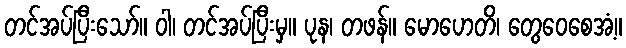
တင်အပ်ပြီးသော်။ ဝါ၊ တင်အပ်ပြီးမှ။ ပုန၊ တဖန်။ မောဟေတိ၊ တွေဝေစေအံ့။